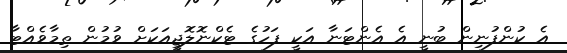
އެ ކުންފުނިން ބުނީ އެ އެންޓަނާ އަކީ ފަހުގެ ޓެކްނޮލޮޖީއަކަށް ވުމުން ތިމާވެއްޓާ